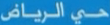
حي-الرياني